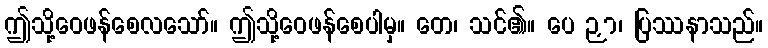
ဤသို့ဝေဖန်စေလသော်။ ဤသို့ဝေဖန်စေပါမှ။ တေ၊ သင်၏။ ပေ ဉှာ၊ ပြဿနာသည်။